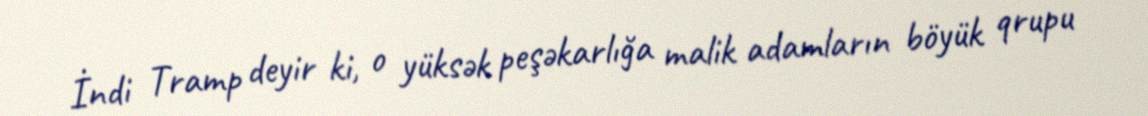
İndi Tramp deyir ki, o yüksək peşəkarlığa malik adamların böyük qrupu